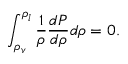
\int _ { \rho _ { v } } ^ { \rho _ { l } } \frac { 1 } { \rho } \frac { d P } { d \rho } d \rho = 0 .